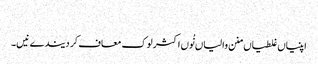
‏
اپنیاں غلطیاں منن والیاں نُوں اکثر لوک معاف کر دیندے نیں۔